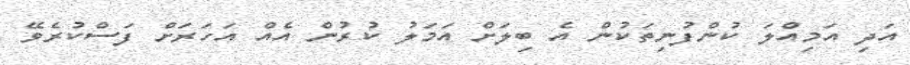
އަދި އަމިއްލަ ކުންފުނިތަކުން އެ ބިލަށް އަމަލު ކުރުން އެއް އަހަރަށް ފަސްކުރެވޭ